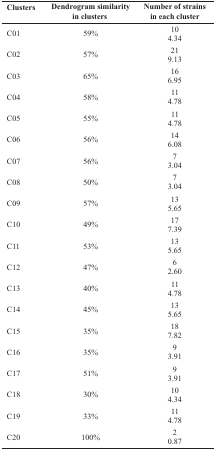
<table><thead><tr><td><b>Clusters</b></td><td><b>Dendrogram similarity in clusters</b></td><td><b>Number of strains in each cluster</b></td></tr></thead><tbody><tr><td>C01</td><td>59%</td><td>10 4.34</td></tr><tr><td>C02</td><td>57%</td><td>219.13</td></tr><tr><td>C03</td><td>65%</td><td>166.95</td></tr><tr><td>C04</td><td>58%</td><td>114.78</td></tr><tr><td>C05</td><td>55%</td><td>114.78</td></tr><tr><td>C06</td><td>56%</td><td>146.08</td></tr><tr><td>C07</td><td>56%</td><td>73.04</td></tr><tr><td>C08</td><td>50%</td><td>73.04</td></tr><tr><td>C09</td><td>57%</td><td>135.65</td></tr><tr><td>C10</td><td>49%</td><td>177.39</td></tr><tr><td>C11</td><td>53%</td><td>135.65</td></tr><tr><td>C12</td><td>47%</td><td>62.60</td></tr><tr><td>C13</td><td>40%</td><td>114.78</td></tr><tr><td>C14</td><td>45%</td><td>135.65</td></tr><tr><td>C15</td><td>35%</td><td>187.82</td></tr><tr><td>C16</td><td>35%</td><td>93.91</td></tr><tr><td>C17</td><td>51%</td><td>93.91</td></tr><tr><td>C18</td><td>30%</td><td>104.34</td></tr><tr><td>C19</td><td>33%</td><td>114.78</td></tr><tr><td>C20</td><td>100%</td><td>20.87</td></tr></tbody></table>